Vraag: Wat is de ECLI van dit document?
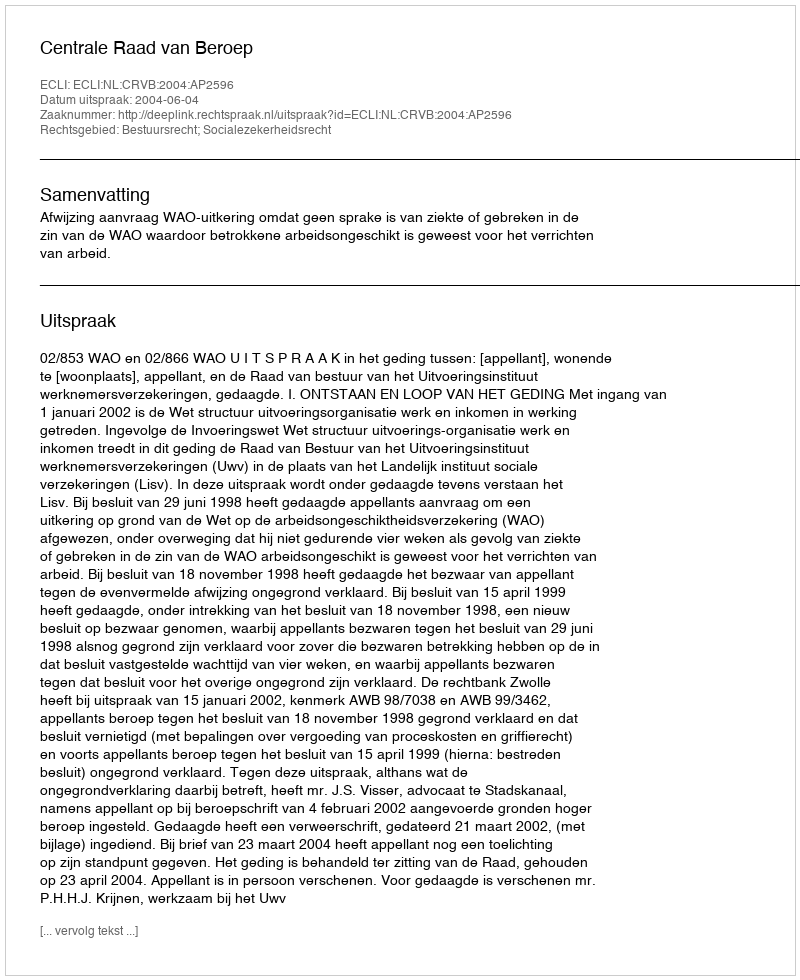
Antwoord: ECLI:NL:CRVB:2004:AP2596